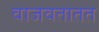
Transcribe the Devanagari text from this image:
वाजवतातत